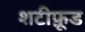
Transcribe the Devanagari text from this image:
शटीफ़ूड